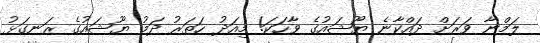
ލަމްނާ ވަރަށް ދައްކާނެ ޔޫޝައުގެ ވާހަކަ! މިއަދު ހަތަރު ދަމު ޔޫޝައުގެ ރަނގަޅު